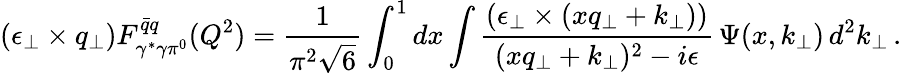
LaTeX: (\epsilon_{\perp}\times q_{\perp})F_{\gamma^{*}\gamma\pi^{0}}^{\bar{q}q}(Q^{2})={\frac{1}{\pi^{2}\sqrt{6}}}\int_{0}^{1}dx\int\frac{(\epsilon_{\perp}\times(xq_{\perp}+k_{\perp}))}{(xq_{\perp}+k_{\perp})^{2}-i\epsilon}\, \Psi(x,k_{\perp})\, d^{2}k_{\perp}\, .